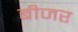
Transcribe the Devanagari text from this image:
बीजर